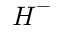
{ H _ { } } ^ { - }